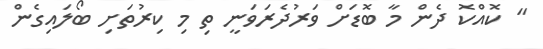
" ކޮއްކޮ ދެން މާ ބޮޑަށް ވަރުދެރަވަނީ ތި މި ކިރުތަށި ބޯލައިގެން